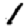
Digit: 1